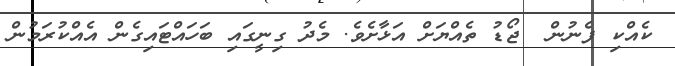
ކެއްކި ފެނުން  ޖޯޑު ތެއްޔަށް އަޅާށެވެ. މެދު ގިނީގައި ބަހައްޓައިގެން އެއްކުރަމުން